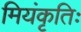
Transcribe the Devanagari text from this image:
मियंकृतिः